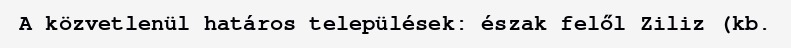
A közvetlenül határos települések: észak felől Ziliz (kb.